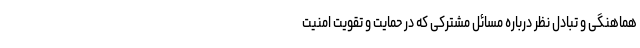
هماهنگی و تبادل نظر درباره مسائل مشترکی که در حمایت و تقویت امنیت